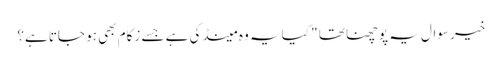
خیر سوال یہ پوچھنا تھا " کیا یہ وہ مینڈکی ہے جسے زکام بھی ہو جاتا ہے؟